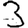
Digit: 3